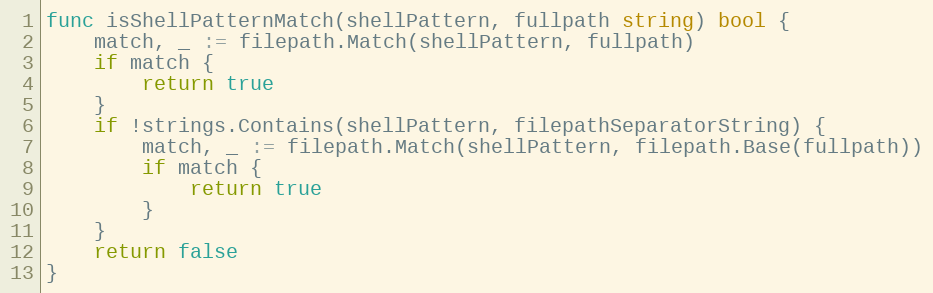
Language: Go
func isShellPatternMatch(shellPattern, fullpath string) bool {
	match, _ := filepath.Match(shellPattern, fullpath)
	if match {
		return true
	}
	if !strings.Contains(shellPattern, filepathSeparatorString) {
		match, _ := filepath.Match(shellPattern, filepath.Base(fullpath))
		if match {
			return true
		}
	}
	return false
}